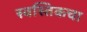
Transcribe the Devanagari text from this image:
स्वस्तिकचा